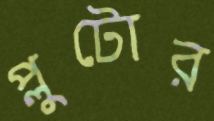
প্লুটোর